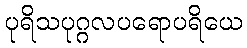
ပုရိသပုဂ္ဂလပရောပရိယေ